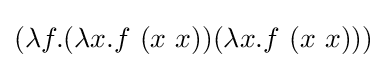
(\lambda f.(\lambda x.f\ (x\ x))(\lambda x.f\ (x\ x)))